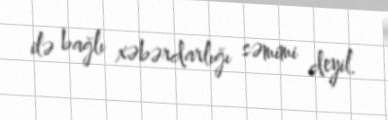
ilə bağlı xəbərdarlığı səmimi deyil.